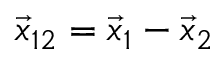
\vec { x } _ { 1 2 } = \vec { x } _ { 1 } - \vec { x } _ { 2 }